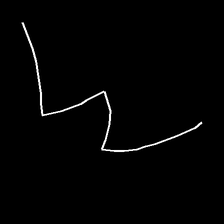
Glyph: crush